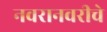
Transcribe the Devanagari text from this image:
नवरानवरीचे